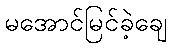
မအောင်မြင်ခဲ့ချေ